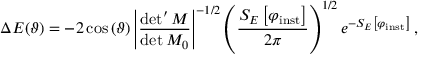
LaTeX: \Delta E ( \vartheta ) = - 2 \cos \left( \vartheta \right) \left| \frac { \operatorname * { d e t } ^ { \prime } M } { \operatorname * { d e t } M _ { 0 } } \right| ^ { - 1 / 2 } \left( \frac { S _ { E } \left[ \varphi _ { \mathrm { i n s t } } \right] } { 2 \pi } \right) ^ { 1 / 2 } e ^ { - S _ { E } \left[ \varphi _ { \mathrm { i n s t } } \right] } \, ,